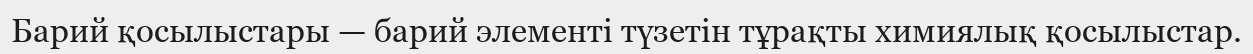
Барий қосылыстары — барий элементі түзетін тұрақты химиялық қосылыстар.